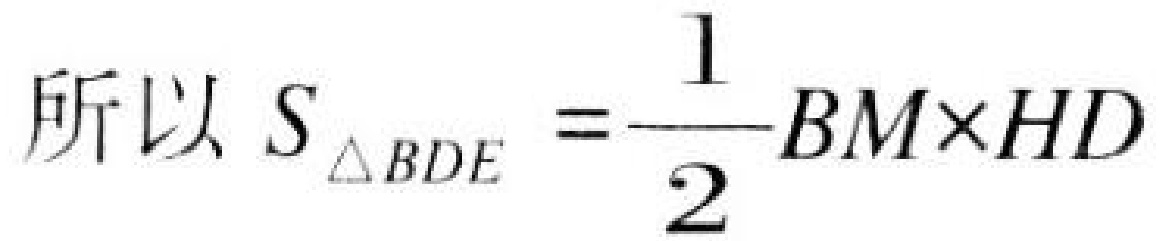
所以 \(S_{\triangle BDE}=\frac{1}{2}BM\times HD\)